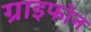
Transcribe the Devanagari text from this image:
ग्राइफोन